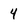
Character: 4